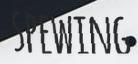
SPEWING